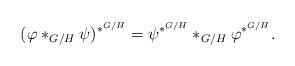
LaTeX: \begin{align*}(\varphi\ast_{G/H}\psi)^{\ast^{G/H}}=\psi^{\ast^{G/H}}\ast_{G/H}\varphi^{\ast^{G/H}}.\end{align*}